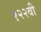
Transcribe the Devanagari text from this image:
१२२वी